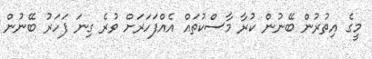
މީގެ އިތުރުން ބޭނުން ކުރާ މާސްކުތައް އެއްފަހަރަށް ވުރެ ގިނަ ފަހަރު ބޭނުން